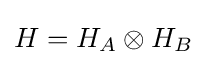
H=H_{A}\otimes H_{B}